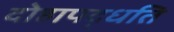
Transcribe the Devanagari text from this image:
दोहापद्धति